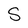
Character: S